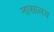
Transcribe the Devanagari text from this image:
नासालय